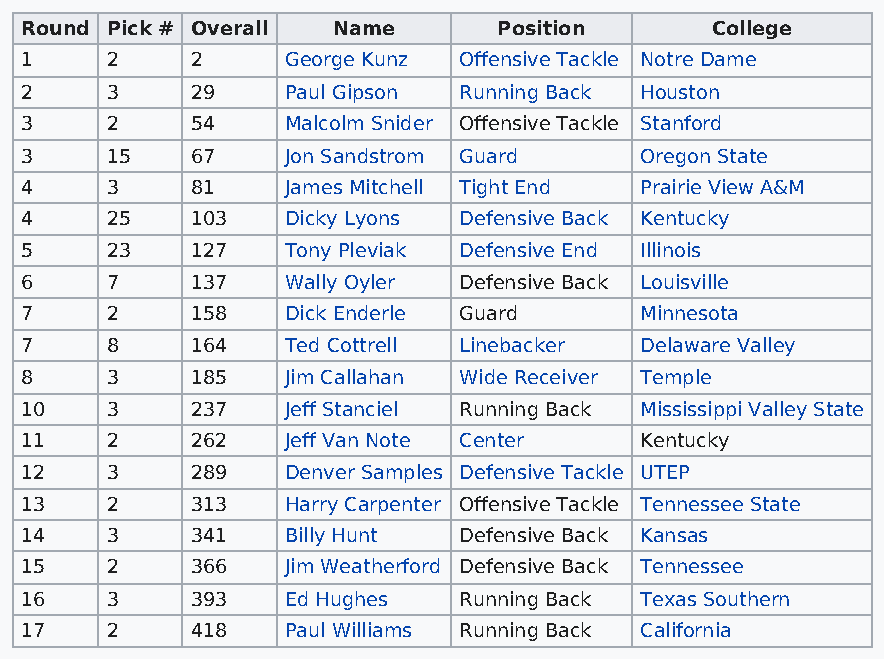
Round Pick # Overall Name       Position      College
 1     2     2     George Kunz Offensive Tackle Notre Dame
 2     3     29    Paul Gipson Running Back Houston
 3     2     54    Malcolm Snider Offensive Tackle Stanford
 3     15    67    Jon Sandstrom Guard    Oregon State
 4     3     81    James Mitchell Tight End Prairie View A&M
 4     25    103   Dicky Lyons Defensive Back Kentucky
 5     23    127   Tony Pleviak Defensive End Illinois
 6     7     137   Wally Oyler Defensive Back Louisville
 7     2     158   Dick Enderle Guard     Minnesota
 7     8     164   Ted Cottrell Linebacker Delaware Valley
 8     3     185   Jim Callahan Wide Receiver Temple
 10    3     237   Jeff Stanciel Running Back Mississippi Valley State
 11    2     262   Jeff Van Note Center   Kentucky
 12    3     289   Denver Samples Defensive Tackle UTEP
 13    2     313   Harry Carpenter Offensive Tackle Tennessee State
 14    3     341   Billy Hunt Defensive Back Kansas
 15    2     366   Jim Weatherford Defensive Back Tennessee
 16    3     393   Ed Hughes  Running Back Texas Southern
 17    2     418   Paul Williams Running Back California